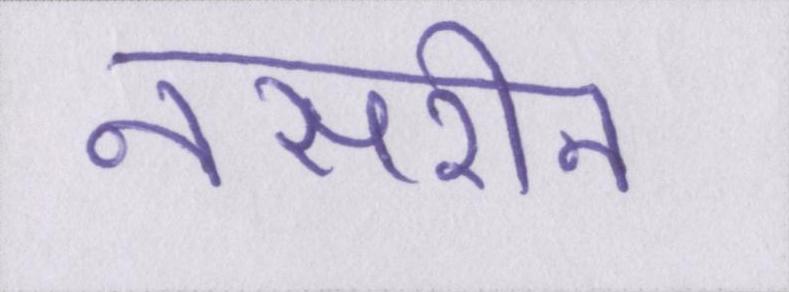
नसरीन